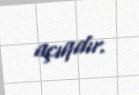
açıqdır.